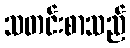
သတင်းစာသည်